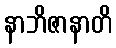
နာဘိဇာနာတိ